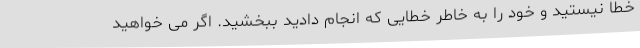
خطا نیستید و خود را به خاطر خطایی که انجام دادید ببخشید. اگر می خواهید